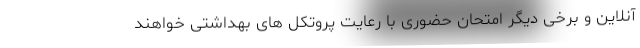
آنلاین و برخی دیگر امتحان حضوری با رعایت پروتکل های بهداشتی خواهند